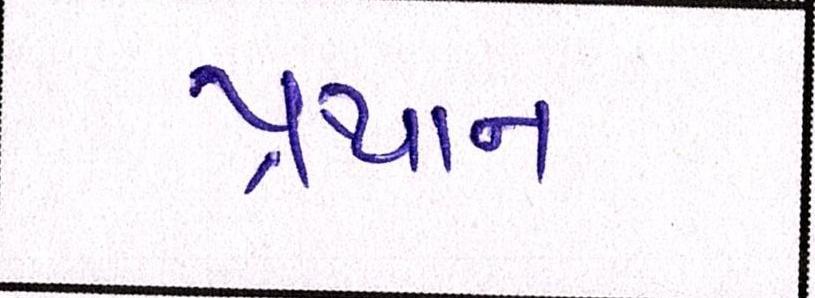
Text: પ્રથાન